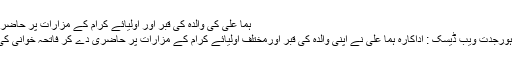
ہما علی کی والدہ کی قبر اور اولیائے کرام کے مزارات پر حاضری
لاہورجدت ویب ڈیسک : اداکارہ ہما علی نے اپنی والدہ کی قبر اورمختلف اولیائے کرام کے مزارات پر حاضری دے کر فاتحہ خوانی کی ۔